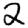
Digit: 2